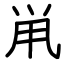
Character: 鼡